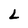
Character: L